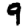
Digit: 9